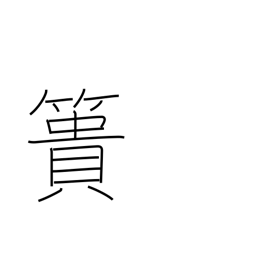
Meaning: earth-carrying basket